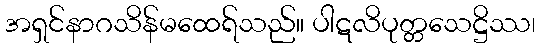
အရှင်နာဂသိန်မထေရ်သည်။ ပါဋလိပုတ္တသေဋ္ဌိဿ၊